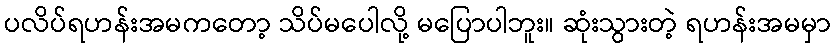
ပလိပ်ရဟန်းအမကတော့ သိပ်မပေါလို့ မပြောပါဘူး။ ဆုံးသွားတဲ့ ရဟန်းအမမှာ